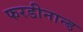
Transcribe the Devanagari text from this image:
फरडीनान्ड